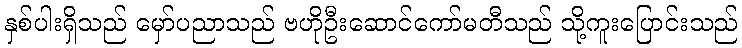
နှစ်ပါးရှိသည် မှော်ပညာသည် ဗဟိုဦးဆောင်ကော်မတီသည် သို့ကူးပြောင်းသည်